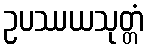
ဥပဿယသုတ္တံ